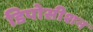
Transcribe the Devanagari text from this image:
डिपोसीशन